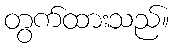
တွက်ထားသည်။